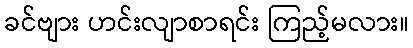
ခင်ဗျား ဟင်းလျာစာရင်း ကြည့်မလား။